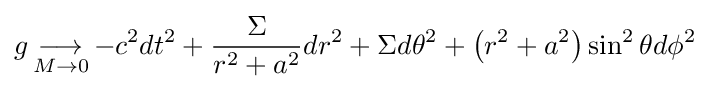
g\mathop {\longrightarrow } _{M\to 0}-c^{2}dt^{2}+{\frac {\Sigma }{r^{2}+a^{2}}}dr^{2}+\Sigma d\theta ^{2}+\left(r^{2}+a^{2}\right)\sin ^{2}\theta d\phi ^{2}